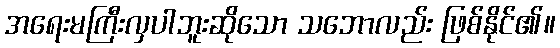
အရေးမကြီးလှပါဘူးဆိုသော သဘောလည်း ဖြစ်နိုင်၏။